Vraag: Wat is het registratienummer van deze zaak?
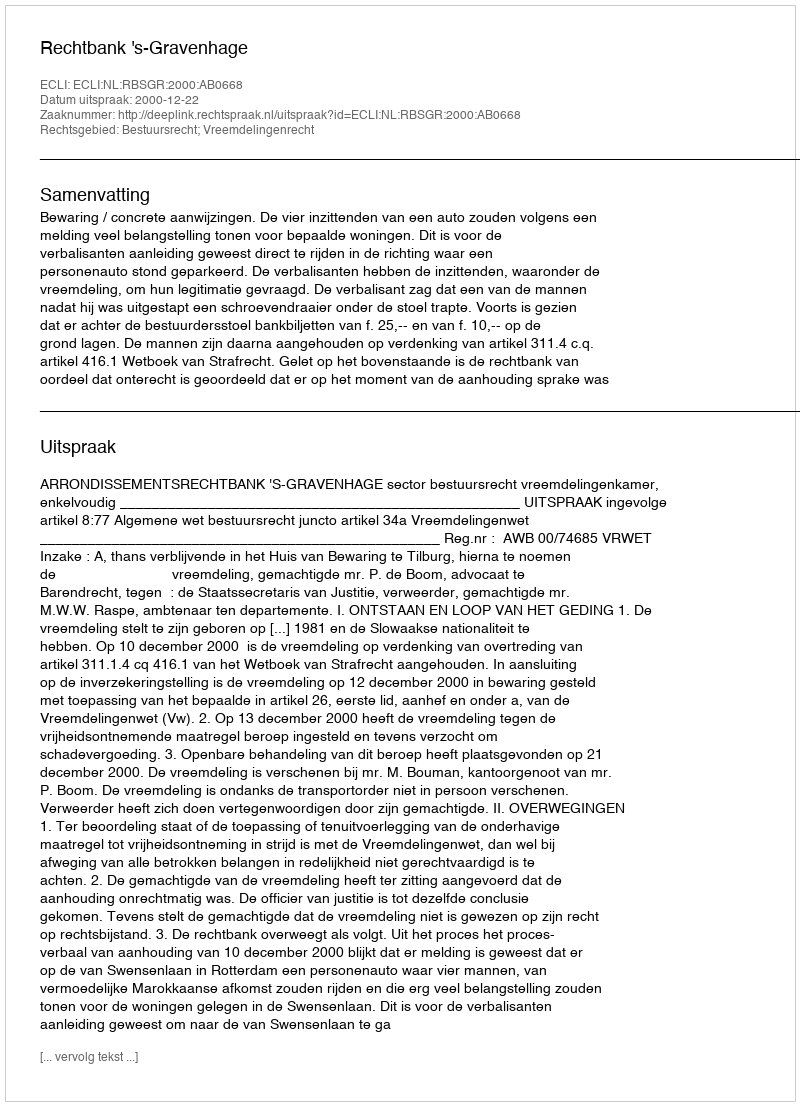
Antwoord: http://deeplink.rechtspraak.nl/uitspraak?id=ECLI:NL:RBSGR:2000:AB0668